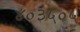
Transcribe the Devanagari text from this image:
४०३५०५